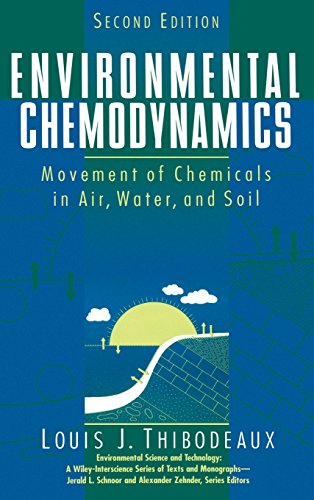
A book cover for Environmental Chemodynamics: Movement of Chemicals in Air, Water, and Soil, 2nd Edition; Louis J. Thibodeaux; Science & Math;